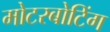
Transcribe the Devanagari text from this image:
मोटरबोटिंग